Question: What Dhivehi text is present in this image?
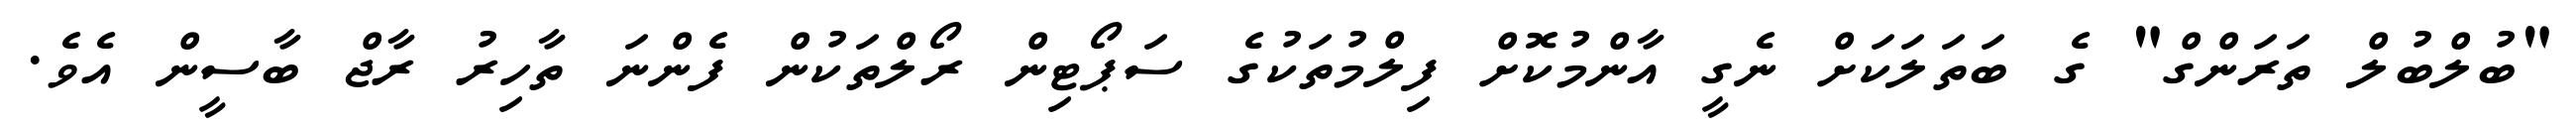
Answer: "ބުލްބުލް ތަރަންގް" ގެ ބަތަލަކަށް ނެގީ އާންމުކޮށް ފިލްމުތަކުގެ ސަޕޯޓިން ރޯލްތަކުން ފެންނަ ތާހިރު ރާޖް ބާސީން އެވެ.